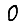
Digit: 0